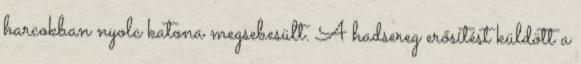
harcokban nyolc katona megsebesült. A hadsereg erősítést küldött a